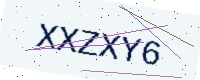
Text: XXZXY6